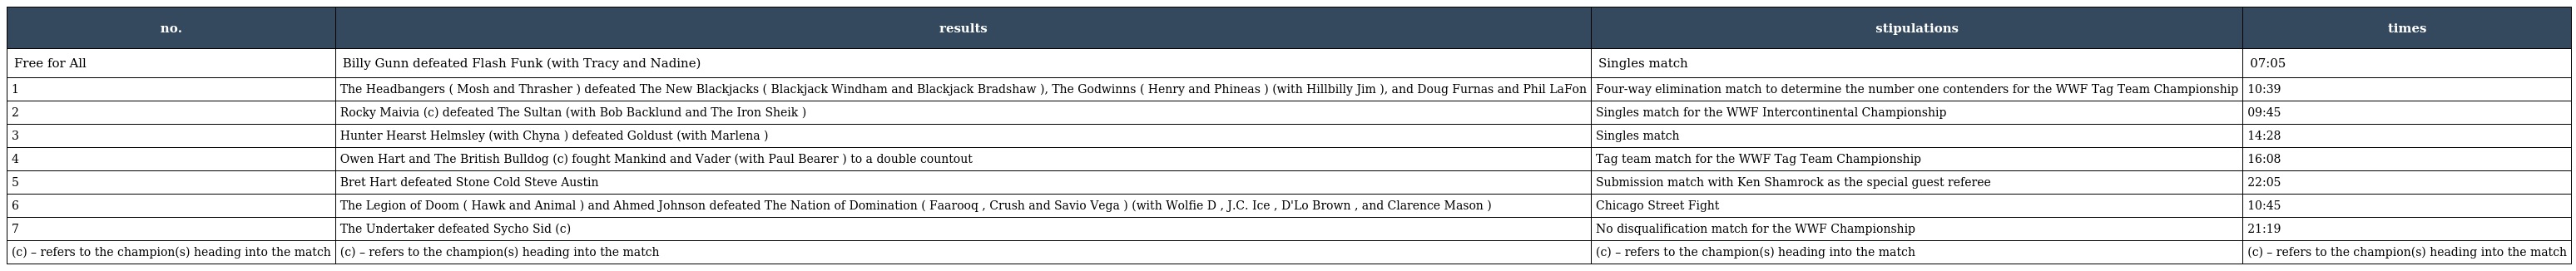
| no. | results | stipulations | times |
 | --- | --- | --- | --- |
 | Free for All | Billy Gunn defeated Flash Funk (with Tracy and Nadine) | Singles match | 07:05 |
 | 1 | The Headbangers ( Mosh and Thrasher ) defeated The New Blackjacks ( Blackjack Windham and Blackjack Bradshaw ), The Godwinns ( Henry and Phineas ) (with Hillbilly Jim ), and Doug Furnas and Phil LaFon | Four-way elimination match to determine the number one contenders for the WWF Tag Team Championship | 10:39 |
 | 2 | Rocky Maivia (c) defeated The Sultan (with Bob Backlund and The Iron Sheik ) | Singles match for the WWF Intercontinental Championship | 09:45 |
 | 3 | Hunter Hearst Helmsley (with Chyna ) defeated Goldust (with Marlena ) | Singles match | 14:28 |
 | 4 | Owen Hart and The British Bulldog (c) fought Mankind and Vader (with Paul Bearer ) to a double countout | Tag team match for the WWF Tag Team Championship | 16:08 |
 | 5 | Bret Hart defeated Stone Cold Steve Austin | Submission match with Ken Shamrock as the special guest referee | 22:05 |
 | 6 | The Legion of Doom ( Hawk and Animal ) and Ahmed Johnson defeated The Nation of Domination ( Faarooq , Crush and Savio Vega ) (with Wolfie D , J.C. Ice , D'Lo Brown , and Clarence Mason ) | Chicago Street Fight | 10:45 |
 | 7 | The Undertaker defeated Sycho Sid (c) | No disqualification match for the WWF Championship | 21:19 |
 | (c) – refers to the champion(s) heading into the match | (c) – refers to the champion(s) heading into the match | (c) – refers to the champion(s) heading into the match | (c) – refers to the champion(s) heading into the match |